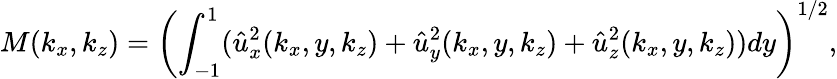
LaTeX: M(k_{x},k_{z})=\left(\int_{-1}^{1}(\hat{u}_{x}^{2}(k_{x},y,k_{z})+\hat{u}_{y}^{2}(k_{x},y,k_{z})+\hat{u}_{z}^{2}(k_{x},y,k_{z}))dy\right)^{1/2},